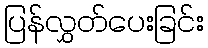
ပြန်လွှတ်ပေးခြင်း